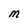
Character: M